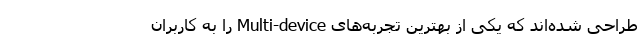
طراحی شده‌اند که یکی از بهترین تجربه‌های Multi-device را به کاربران